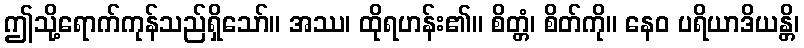
ဤသို့ရောက်ကုန်သည်ရှိသော်။ အဿ၊ ထိုရဟန်း၏။ စိတ္တံ၊ စိတ်ကို။ နေဝ ပရိယာဒိယန္တိ၊